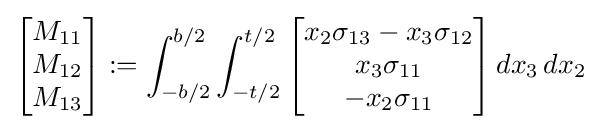
{\begin{bmatrix}M_{11}\\M_{12}\\M_{13}\end{bmatrix}}:=\int _{-b/2}^{b/2}\int _{-t/2}^{t/2}{\begin{bmatrix}x_{2}\sigma _{13}-x_{3}\sigma _{12}\\x_{3}\sigma _{11}\\-x_{2}\sigma _{11}\end{bmatrix}}\,dx_{3}\,dx_{2}